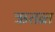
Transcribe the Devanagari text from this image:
ऋतव्रत